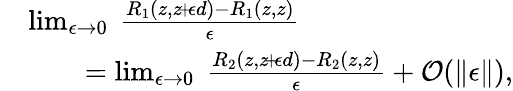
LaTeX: \begin{array}{rl}&{\operatorname*{lim}_{\epsilon\rightarrow 0}~\frac{R_{1}(z,z\! +\! \epsilon d)-R_{1}(z,z)}{\epsilon}}\\ &{\qquad=\operatorname*{lim}_{\epsilon\rightarrow 0}~\frac{R_{2}(z,z\! +\! \epsilon d)-R_{2}(z,z)}{\epsilon}+\mathcal{O}(\Vert\epsilon\Vert),}\end{array}